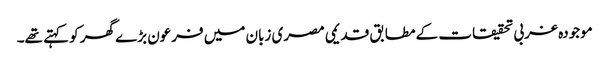
موجودہ غربی تحقیقات کے مطابق قدیمی مصری زبان میں فرعون بڑے گھر کو کہتے تھے۔